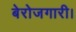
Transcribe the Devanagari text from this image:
बेरोजगारी।